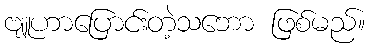
ဗျူဟာပြောင်းတဲ့သဘော ဖြစ်မည်။